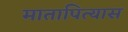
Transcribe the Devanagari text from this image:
मातापित्यास